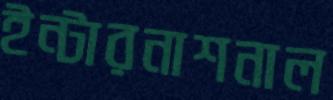
ইন্টারনাশনাল